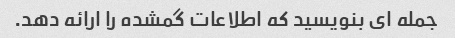
جمله ای بنویسید که اطلاعات گمشده را ارائه دهد.